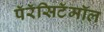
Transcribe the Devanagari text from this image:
पॅरॅसिटॅमॉल